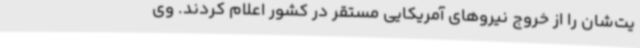
یت‌شان را از خروج نیروهای آمریکایی مستقر در کشور اعلام کردند. وی